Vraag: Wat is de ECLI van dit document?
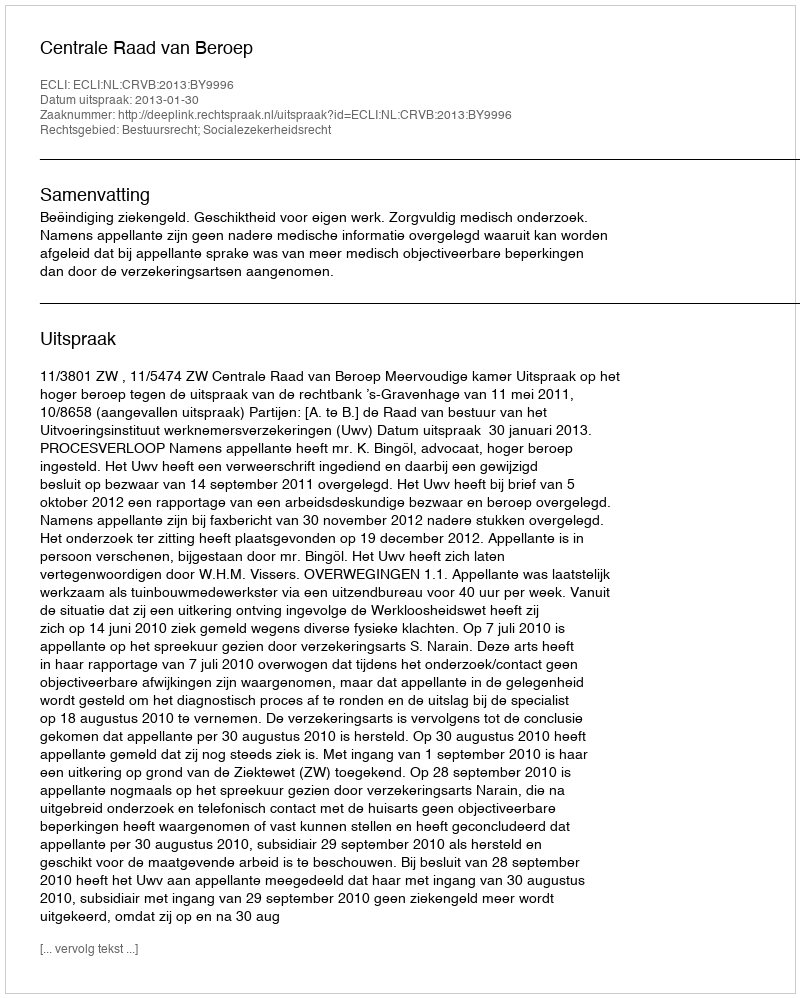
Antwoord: ECLI:NL:CRVB:2013:BY9996